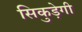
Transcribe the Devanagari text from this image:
सिकुड़ेगी